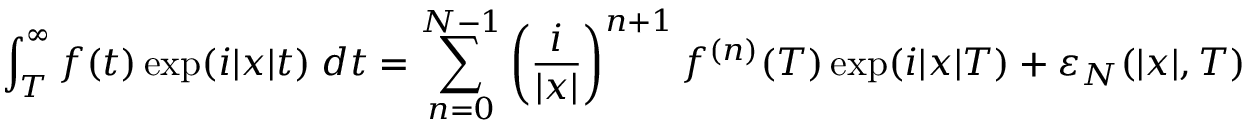
\int _ { T } ^ { \infty } f ( t ) \exp ( i \lvert x \rvert t ) \; d t = \sum _ { n = 0 } ^ { N - 1 } \left( \frac { i } { \lvert x \rvert } \right) ^ { n + 1 } f ^ { ( n ) } ( T ) \exp ( i \lvert x \rvert T ) + \varepsilon _ { N } ( \lvert x \rvert , T )